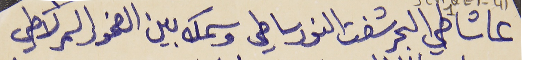
عا شاطي البحر شفت النور ساطي     وسمك بين الصخور السمر لاطي